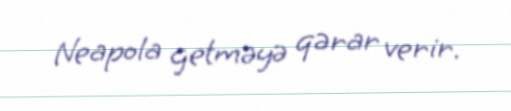
Neapola getməyə qərar verir.